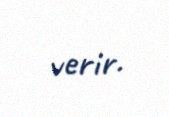
verir.